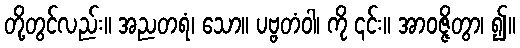
တို့တွင်လည်း။ အညတရံ၊ သော။ ပဗ္ဗတံဝါ၊ ကို ၎င်း။ အာဝဇ္ဇိတွာ၊ ၍။